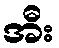
အီး